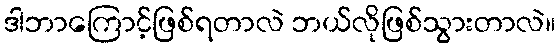
ဒါဘာကြောင့်ဖြစ်ရတာလဲ ဘယ်လိုဖြစ်သွားတာလဲ။